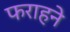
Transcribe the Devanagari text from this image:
फराहने